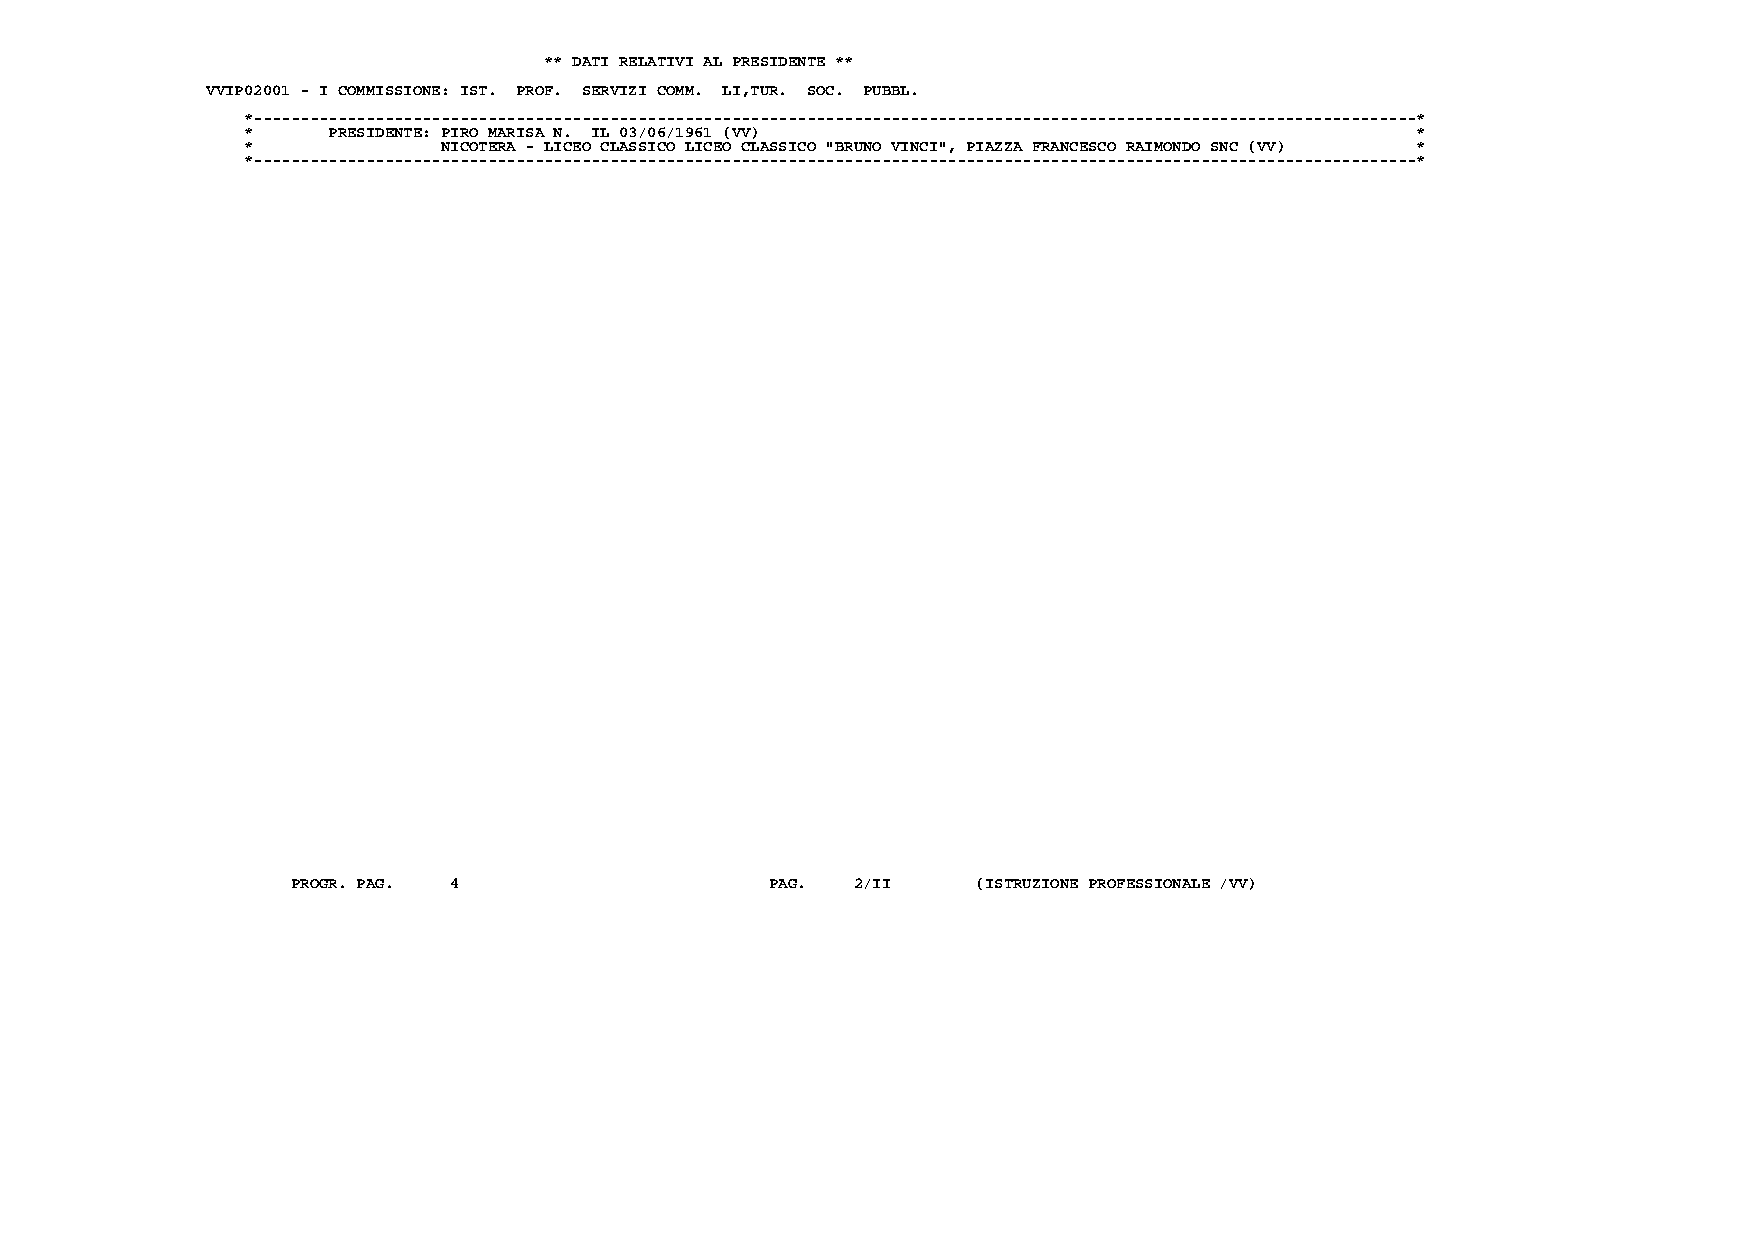
** DATI RELATIVI AL PRESIDENTE **
 VVIP02001 - I COMMISSIONE: IST. PROF. SERVIZI COMM. LI,TUR. SOC. PUBBL.
 *----------------------------------------------------------------------------------------------------------------------------*
 *     PRESIDENTE: PIRO MARISA N. IL 03/06/1961 (VV)                           *
 *            NICOTERA - LICEO CLASSICO LICEO CLASSICO "BRUNO VINCI", PIAZZA FRANCESCO RAIMONDO SNC (VV) *
 *----------------------------------------------------------------------------------------------------------------------------*
 PROGR. PAG. 4                   PAG. 2/II     (ISTRUZIONE PROFESSIONALE /VV)